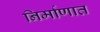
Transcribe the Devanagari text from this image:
निर्माणात